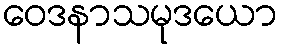
ဝေဒနာသမုဒယော